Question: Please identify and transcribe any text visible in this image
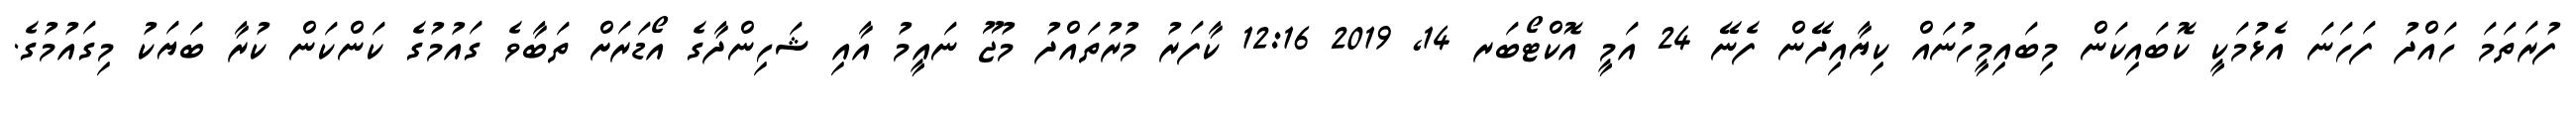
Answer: ފުރަތަމަ ހައްދު ފަހަނަ އެޅުމަކީ ކޮބައިކަން މިބައިމީހުނައް ކިޔާއިދޭން ފެނޭ 24 އަމީ އޮކްޓޯބަރ 14, 2019 12:16 ކާފަރު މުރުތައްދު މުޖޫ ނައީމު އާއި ޝަހިންދާގެ އޯޑަރަށް ތަބާވެ ގައުމުގެ ކަންކަން ކުރާ ބަޔަކު މިގައުމުގެ.